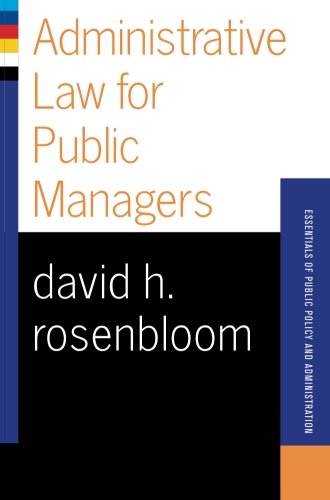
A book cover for Administrative Law For Public Managers (Essentials of Public Policy and Administration Series); David H Rosenbloom; Law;